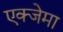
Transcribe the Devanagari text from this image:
एक्जेमा